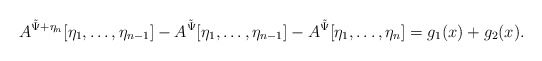
\begin{align*}A^{\tilde \Psi + \eta_n}[\eta_1,\dots,\eta_{n-1}] - A^{\tilde \Psi}[\eta_1,\dots,\eta_{n-1}] - A^{\tilde \Psi}[\eta_1,\dots,\eta_n] = g_1(x) + g_2(x).\end{align*}